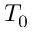
T _ { 0 }